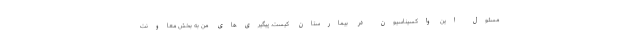
مسئول این واکسیناسیون در بیمارستان کیست. پیگیری‌های من به بخش معاونت